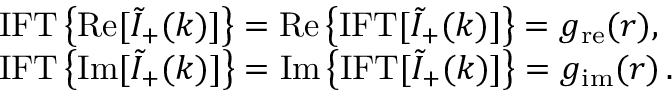
\begin{array} { r l } & { { \mathrm { I F T } } \left\{ \mathrm { R e } [ \tilde { I } _ { + } ( k ) ] \right\} = \mathrm { R e } \left\{ { \mathrm { I F T } } [ \tilde { I } _ { + } ( k ) ] \right\} = g _ { \mathrm { r e } } ( r ) , } \\ & { { \mathrm { I F T } } \left\{ \mathrm { I m } [ \tilde { I } _ { + } ( k ) ] \right\} = \mathrm { I m } \left\{ { \mathrm { I F T } } [ \tilde { I } _ { + } ( k ) ] \right\} = g _ { \mathrm { i m } } ( r ) \, . } \end{array}